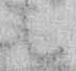
候